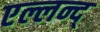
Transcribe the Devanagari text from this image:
एल्लन्द्